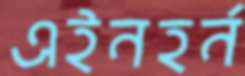
এইনহর্ন